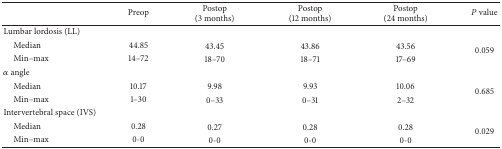
|  | Preop | Postop(3 months) | Postop(12 months) | Postop(24 months) | P value |
 | --- | --- | --- | --- | --- | --- |
 | Lumbar lordosis (LL) |  |  |  |  |  |
 | Median | 44.85 | 43.45 | 43.86 | 43.56 | <ROWSPAN=2> 0.059 |
 | Min–max | 14–72 | 18–70 | 18–71 | 17–69 |
 | α angle |  |  |  |  |  |
 | Median | 10.17 | 9.98 | 9.93 | 10.06 | <ROWSPAN=2> 0.685 |
 | Min–max | 1–30 | 0–33 | 0–31 | 2–32 |
 | Intervertebral space (IVS) |  |  |  |  |  |
 | Median | 0.28 | 0.27 | 0.28 | 0.28 | <ROWSPAN=2> 0.029 |
 | Min–max | 0-0 | 0-0 | 0-0 | 0-0 |